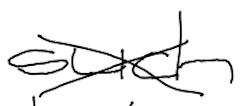
Text: such
Cross-out: cross
Writing tool: digital_black